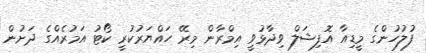
ފުލުހުންގެ މީޑިއާ އޮފިޝަލް ވިދާޅުވީ އިމްރާން މިރޭ ހައްޔަރުކުރީ ކޯޓު އަމުރެއްގެ ދަށުން